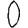
Digit: 0